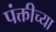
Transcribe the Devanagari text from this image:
पंक्तीच्या